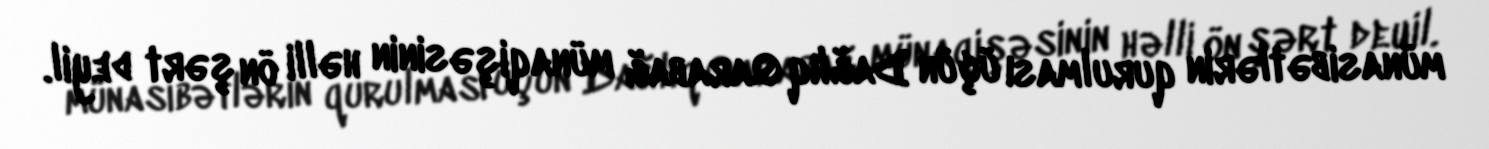
münasibətlərin qurulması üçün Dağlıq Qarabağ münaqişəsinin həlli ön şərt deyil.